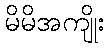
မိမိအကျိုး